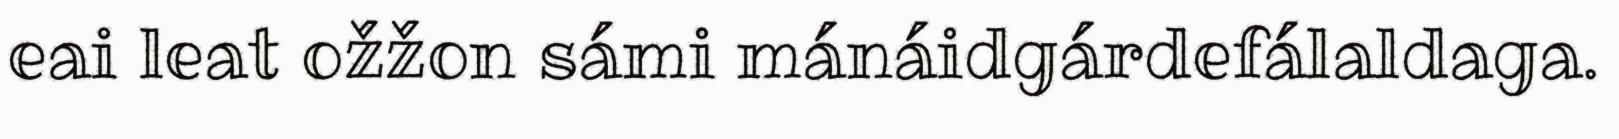
eai leat ožžon sámi mánáidgárdefálaldaga.